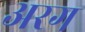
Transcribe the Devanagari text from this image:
अरग